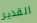
القدير